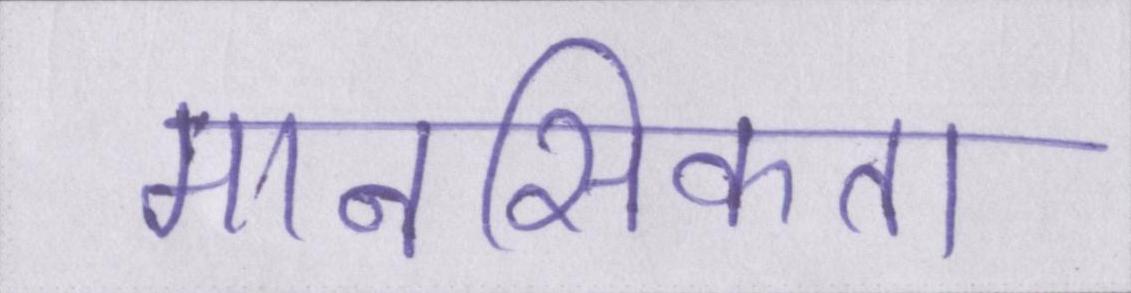
मानसिकता